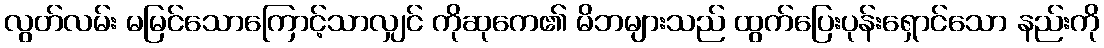
လွတ်လမ်း မမြင်သောကြောင့်သာလျှင် ကိုဆုကေ၏ မိဘများသည် ထွက်ပြေးပုန်းရှောင်သော နည်းကို